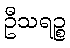
ဦသရဉ္စ